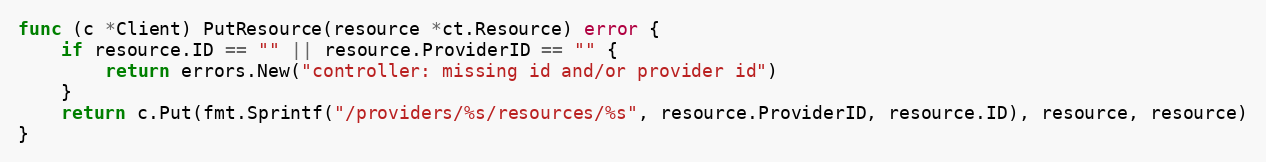
Language: Go
func (c *Client) PutResource(resource *ct.Resource) error {
	if resource.ID == "" || resource.ProviderID == "" {
		return errors.New("controller: missing id and/or provider id")
	}
	return c.Put(fmt.Sprintf("/providers/%s/resources/%s", resource.ProviderID, resource.ID), resource, resource)
}